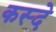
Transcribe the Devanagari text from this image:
कस्दे